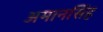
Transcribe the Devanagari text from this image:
अमानसिंह